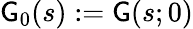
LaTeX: {\sf G}_{0}(s):={\sf G}(s;0)